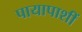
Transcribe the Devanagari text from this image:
पायापाशीं